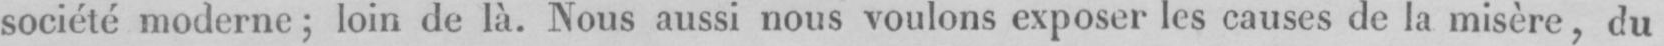
société moderne; loin de là. Nous aussi nous voulons exposer les causes de la misère, du